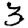
Digit: 3